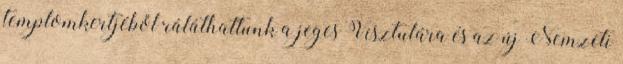
templomkertjéből ráláthattunk a jeges Visztulára és az új Nemzeti